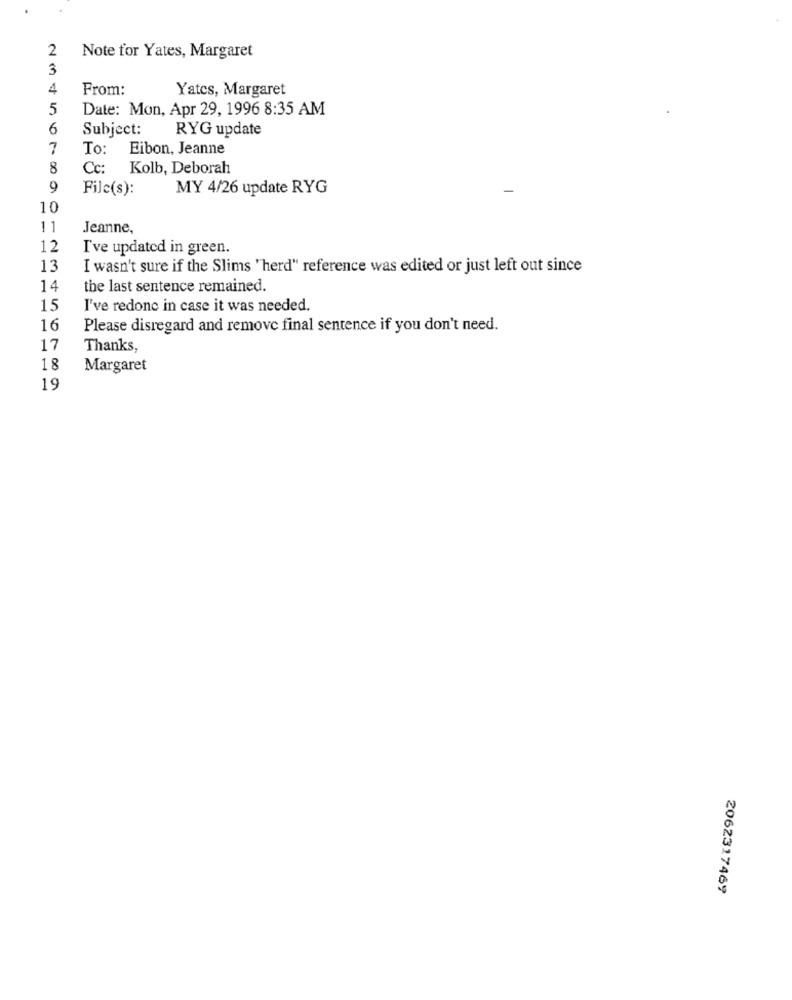
2
Note for Yates, Margaret
3
4
From:
Yates, Margaret
5
Date: Mon, Apr 29, 1996 8:35 AM
6
Subject:
RYG update
7
To:
Eibon, Jeanne
8
Cc: Kolb, Deborah
9
Filc(s):
MY 4/26 update RYG
10
1
Jeanne,
12
I've updated in green.
13
I wasn't sure if the Slims "herd" reference was edited or just left out since
14
the last sentence remained.
15
I've redonc in case it was needed.
16
Please disregard and remove final sentence if you don't need.
17
Thanks,
18
Margaret
19
2062317469